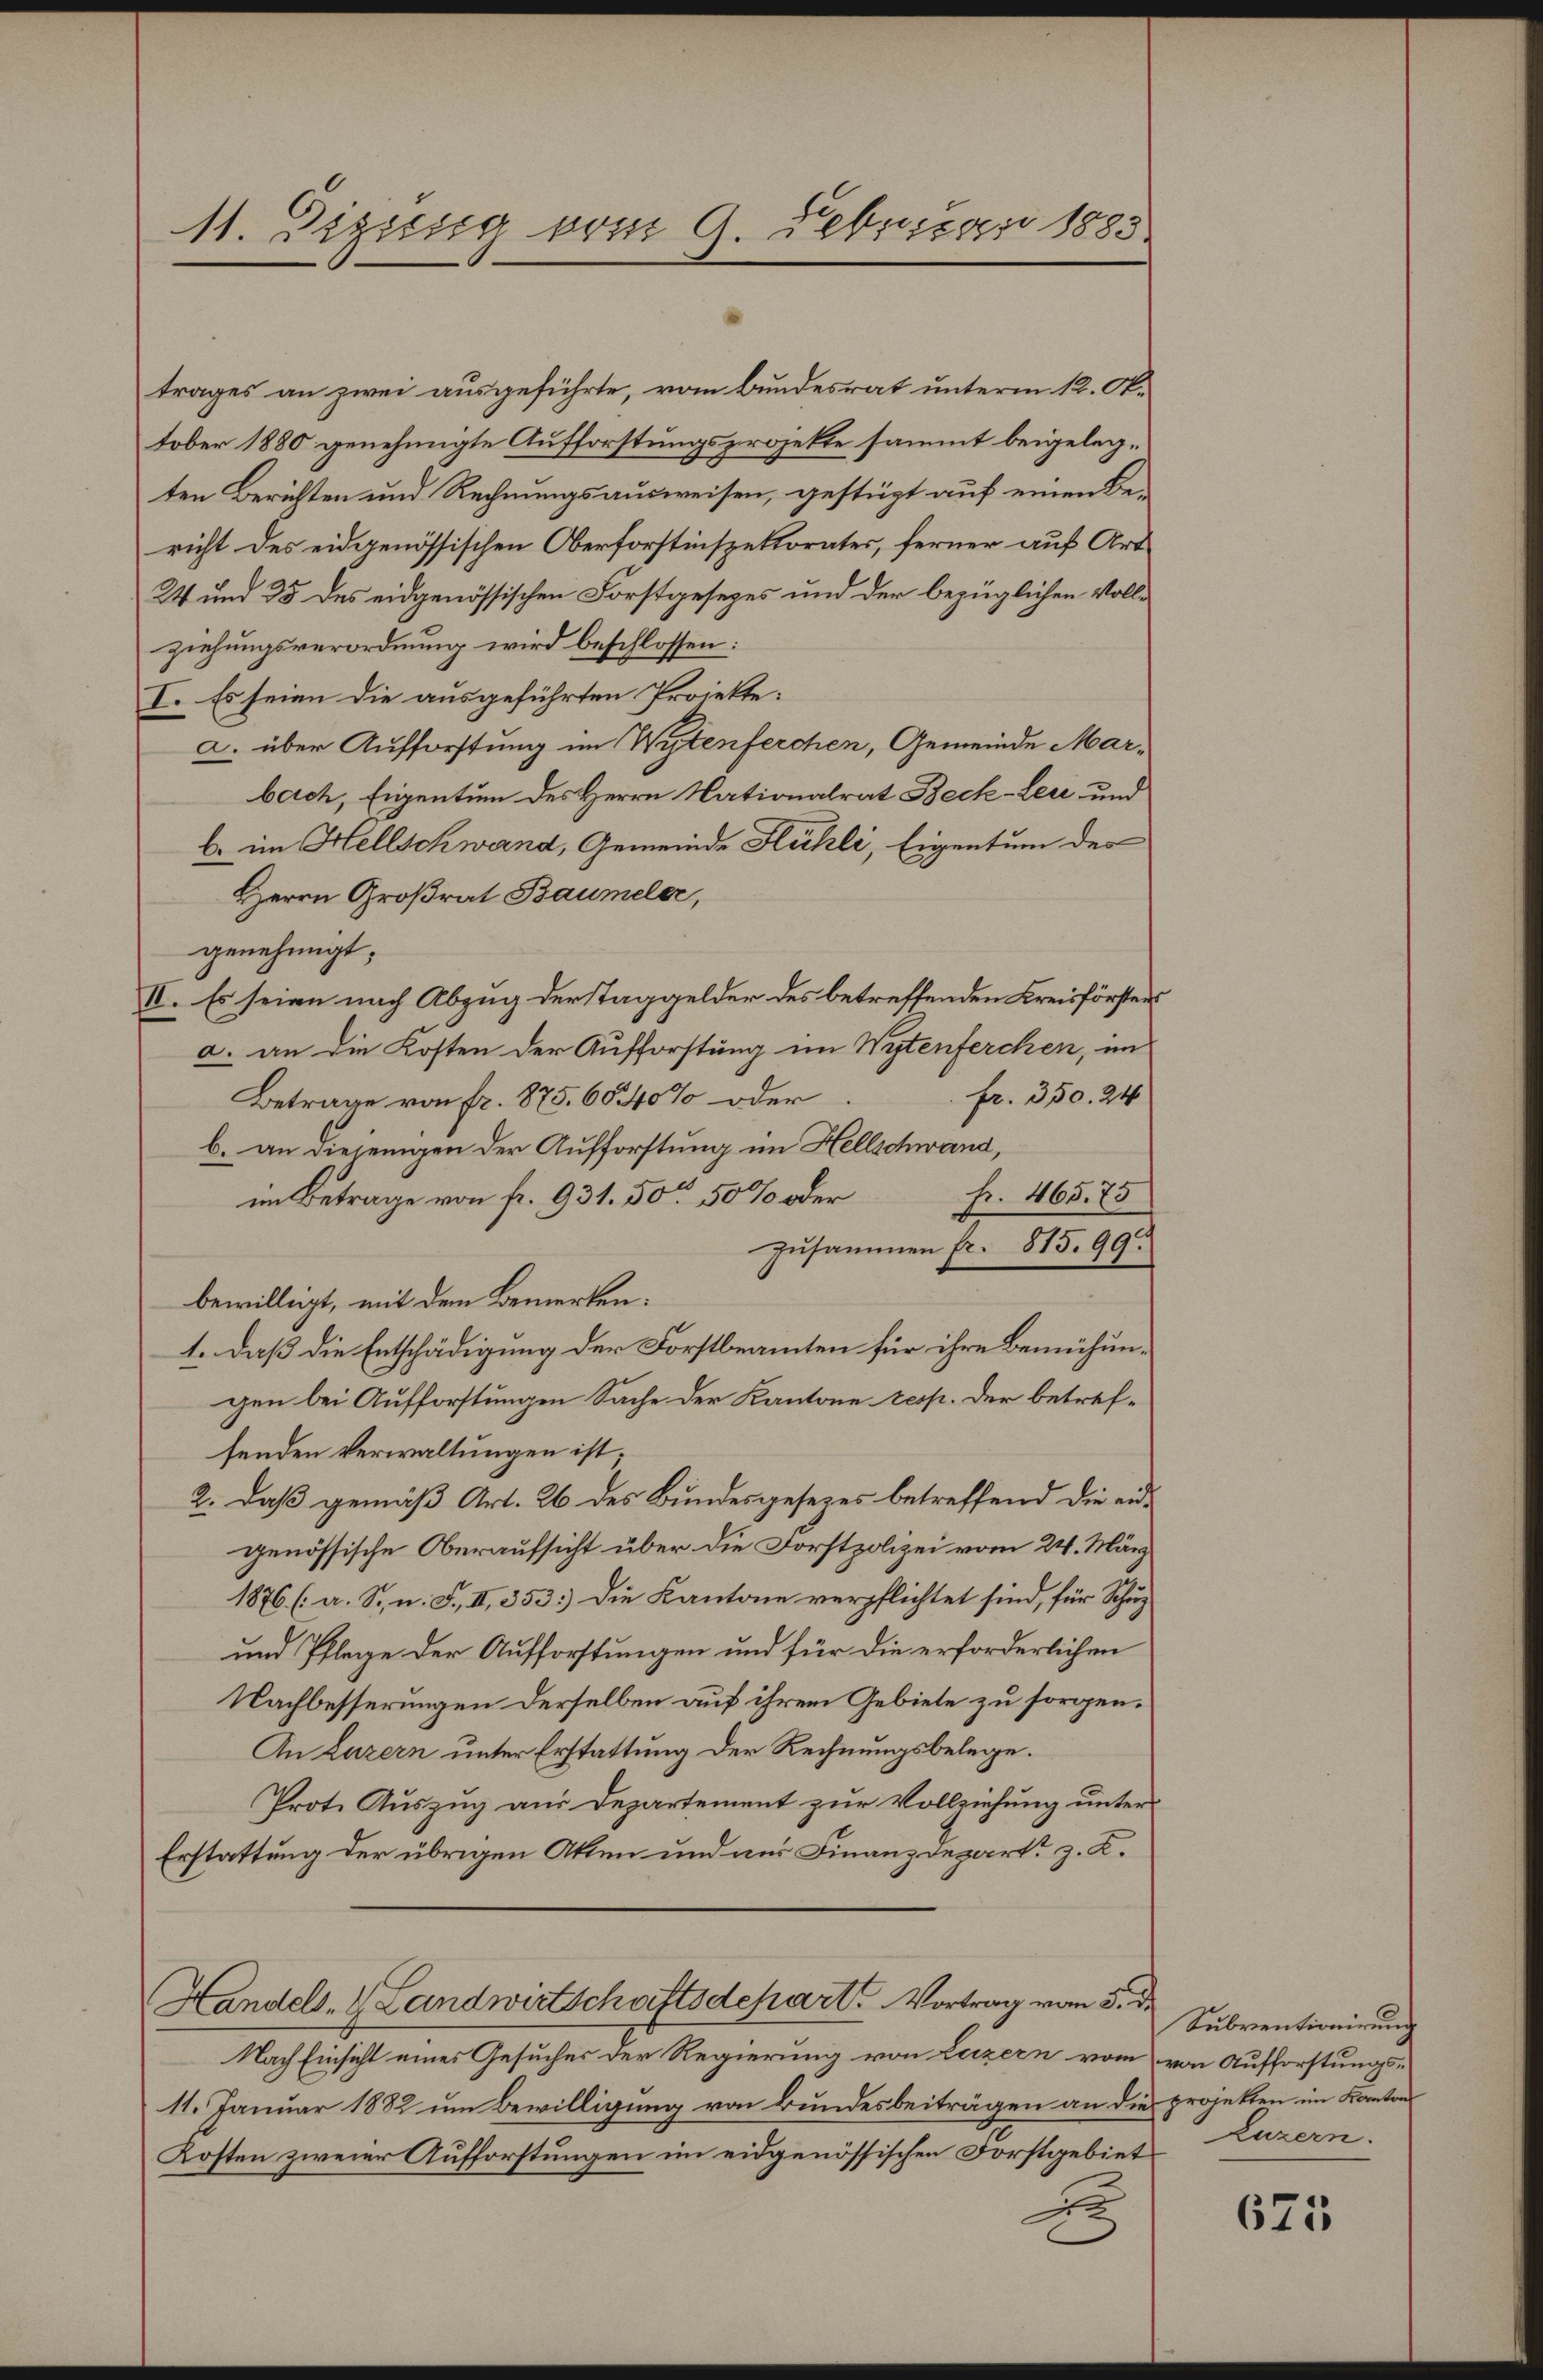
11. Dizig vom 9. Februar 1885

trages an zwei ausgeführte, vom Bundesrat unterm 12. Ok-
tober 1880 genehmigte Aufforstungsprojekte sammt beigelegten Berichten und Rechnungsausweisen, gestügt auf einen Bericht des eidgenössischen Oberforstinspektorates, ferner auf Art
24 und 35 des eidgenössischen Forstgesezes und der bezüglichen Vollziehungsverordnung wird beschlossen:
I. Es seien die ausgeführten Projekte:
a. über Aufforstung im Wytenferchen, Gemeinde Marbeich, Eigentum des Herrn Nationalrat Beck-Leu und
b. im Hellschwand, Gemeinde Hühli, Eigentum der
Herrn Großrat Baumeler,
genehmigt.
II. Es seien nach Abzug der STaggelder des betreffenden Kreisförstens
a. an die Kosten der Aufforstung im Wytenferchen, im
fr. 350. 24
Betrage von fr. 875. 60 40% oder
b. an diejenigen der Aufforstung im Hellschwand,
Fr. 465. 75
im Betrage von fr. 931. 50 50% oder
zusammen Fr. 815. 99.
bewilligt, mit dem Bemerken.
1. Daß die Entschädigung der Forstbeamten für ihre Bemühungen bei Aufforstungen Sache der Kantone resp. der betrefsenden Verwaltungen ist
2. daß gemäß Art. 26 des Bundesgesezes betreffend die eigenössische Oberaufsicht über die Forstpolizei vom 24. März
1876 (a. S., n. F., II, 353) Die Kantone verpflichtet sind, für Schuz
und Pflege der Aufforstungen und für die erforderlichen
Nachbesserungen derselben auf ihrem Gebiete zu sorgen.
An Luzern unter Erstattung der Rechnungsbelege.
Prote Auszug aus Departement zur Vollziehung unter¬
Erstattung der übrigen Akten und nur Finanzdepart z. K.
Handels- & Landwirtschaftsdepart. Vortrag vom 5. de
Nach Einsicht eines Gesuches der Regierung von Luzern vom von Aufforstungs-
11. Januar 1882 um Bewilligung von Bundesbeiträgen an die projekten im Kantons
Kosten zweier Aufforstungen im eidgenössischen Forstgebiet
e

Subventionirung
Luzern.

675